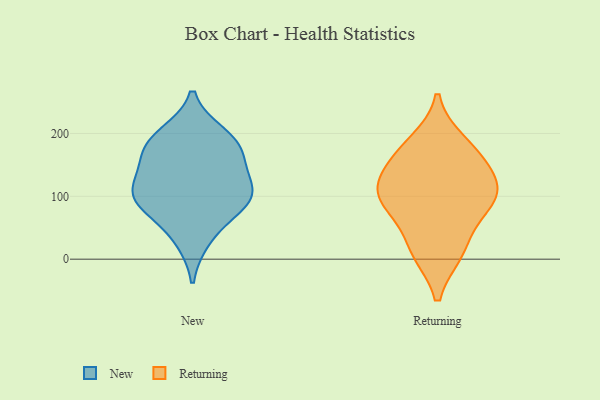
{"axis": {"x": "Conversion Rate (%)", "y": "Value"}, "legend": ["New", "Returning"], "data": [{"x": "", "y": 106, "type": "New"}, {"x": "", "y": 184, "type": "New"}, {"x": "", "y": 143, "type": "New"}, {"x": "", "y": 157, "type": "New"}, {"x": "", "y": 184, "type": "New"}, {"x": "", "y": 103, "type": "New"}, {"x": "", "y": 101, "type": "New"}, {"x": "", "y": 73, "type": "New"}, {"x": "", "y": 198, "type": "New"}, {"x": "", "y": 97, "type": "New"}, {"x": "", "y": 31, "type": "New"}, {"x": "", "y": 15, "type": "Returning"}, {"x": "", "y": 185, "type": "Returning"}, {"x": "", "y": 116, "type": "Returning"}, {"x": "", "y": 72, "type": "Returning"}, {"x": "", "y": 101, "type": "Returning"}, {"x": "", "y": 164, "type": "Returning"}, {"x": "", "y": 155, "type": "Returning"}, {"x": "", "y": 99, "type": "Returning"}, {"x": "", "y": 12, "type": "Returning"}, {"x": "", "y": 106, "type": "Returning"}]}